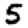
Digit: 5